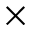
\times